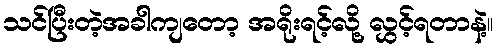
သင်ပြီးတဲ့အခါကျတော့ အရိုးရင့်လို့ လွှင့်ရတာနဲ့။